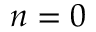
n = 0